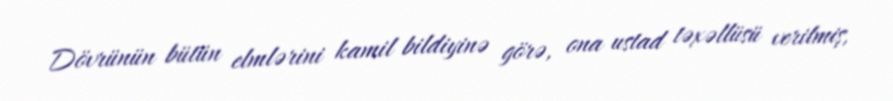
Dövrünün bütün elmlərini kamil bildiyinə görə, ona ustad təxəllüsü verilmiş,